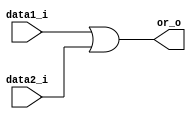
// One-bit OR Gate

module OR(
	data1_i,
	data2_i,
	or_o
);

input data1_i, data2_i;
output or_o;

assign or_o = data1_i | data2_i;

endmodule